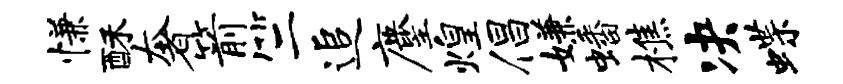
慊酥奢箭竺追麈煌倡嫌蟠樵决蝶